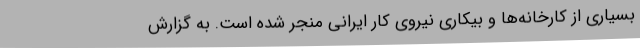
بسیاری از کارخانه‌ها و بیکاری نیروی کار ایرانی منجر شده است. به گزارش